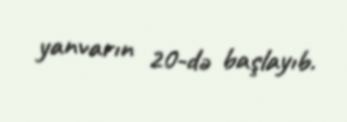
yanvarın 20-də başlayıb.